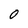
Character: O